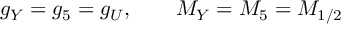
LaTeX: g _ { Y } = g _ { 5 } = g _ { U } , \qquad M _ { Y } = M _ { 5 } = M _ { 1 / 2 }